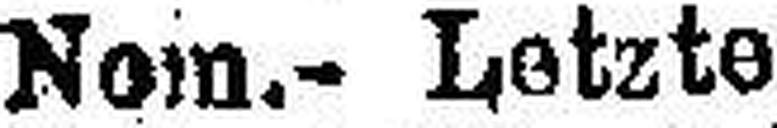
Nom- Letzte